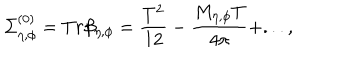
LaTeX: \Sigma _ { \eta , \phi } ^ { ( 0 ) } = T r \beta _ { \eta , \phi } = \frac { T ^ { 2 } } { 1 2 } - \frac { M _ { \eta , \phi } T } { 4 \pi } + . . . ,